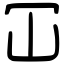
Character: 冚